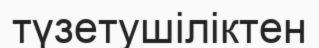
түзетушіліктен